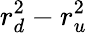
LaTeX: r_{d}^{2}-r_{u}^{2}